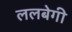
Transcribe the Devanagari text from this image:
ललबेगी